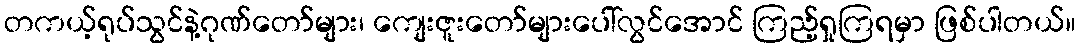
တကယ့်ရုပ်သွင်နဲ့ဂုဏ်တော်များ၊ ကျေးဇူးတော်များပေါ်လွင်အောင် ကြည့်ရှုကြရမှာ ဖြစ်ပါတယ်။